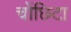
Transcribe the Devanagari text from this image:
चोंछिटा